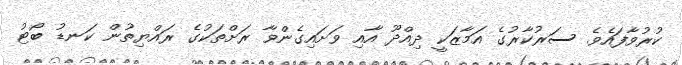
ކުރުވާފައެވެ. ސަރުކާރުގެ އަމާޒަކީ ދިއްދޫ އާއި ވަށައިގެންވާ ރަށްތަކުގެ ރައްޔިތުން ކަނޑު ބޯޓު